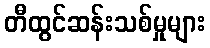
တီထွင်ဆန်းသစ်မှုများ